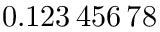
0 . 1 2 3 \, 4 5 6 \, 7 8